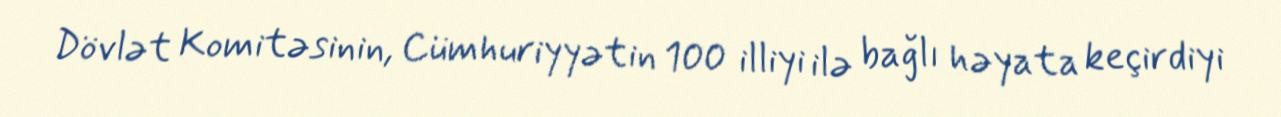
Dövlət Komitəsinin, Cümhuriyyətin 100 illiyi ilə bağlı həyata keçirdiyi